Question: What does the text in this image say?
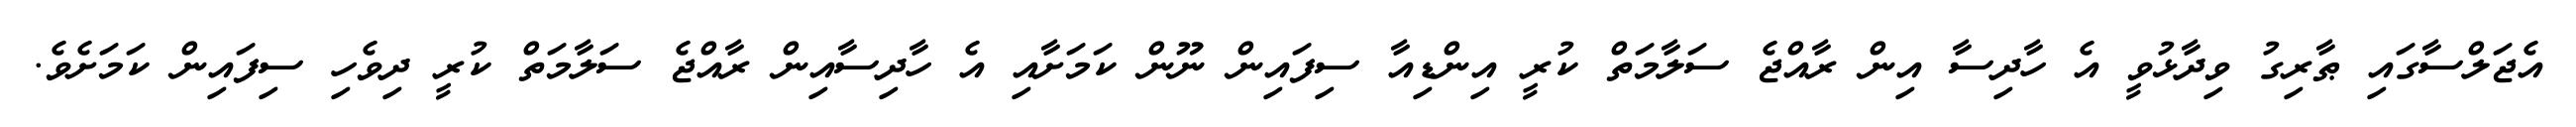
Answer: އެޖަލްސާގައި ޠާރިގު ވިދާޅުވީ އެ ހާދިސާ އިން ރާއްޖެ ސަލާމަތް ކުރީ އިންޑިއާ ސިފައިން ނޫން ކަމަށާއި އެ ހާދިސާއިން ރާއްޖެ ސަލާމަތް ކުރީ ދިވެހި ސިފައިން ކަމަށެވެ.